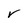
Character: r